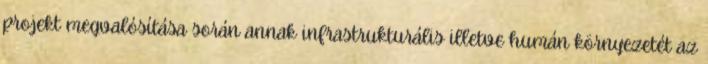
projekt megvalósítása során annak infrastrukturális illetve humán környezetét az